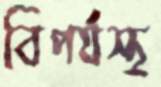
বিপর্যস্থ